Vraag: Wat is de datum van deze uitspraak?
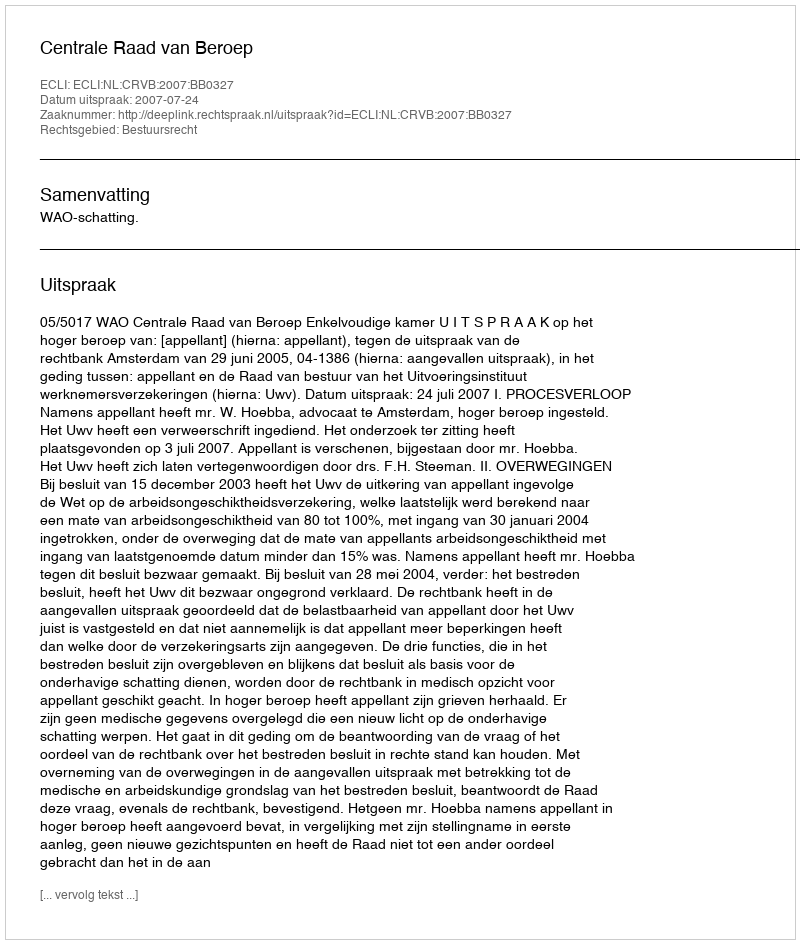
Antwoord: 2007-07-24